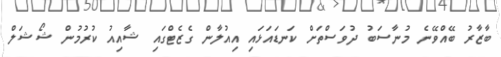
ބާޒާރު ބޭއްވޭނެ މުނާސަބު ދުވަސްތަށް ކަނޑައަޅައި އިއުލާން ގެޒެޓްގައި ޝާއިއު ކުރުމުން ޝޯޝަލް